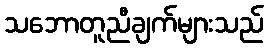
သဘောတူညီချက်များသည်